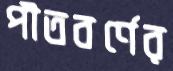
পীতবর্ণের